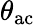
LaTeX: \theta_{\mathrm{ac}}